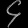
Digit: ၄